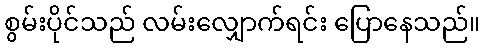
စွမ်းပိုင်သည် လမ်းလျှောက်ရင်း ပြောနေသည်။